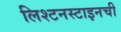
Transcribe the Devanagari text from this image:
लिश्टनस्टाइनची